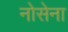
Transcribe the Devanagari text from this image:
नोसेना